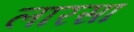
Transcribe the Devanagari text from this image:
लारसा